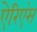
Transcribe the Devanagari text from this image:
ऐरिएंस